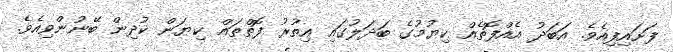
ފަށައިފިއެވެ. އަބަދު އެއްފޮތެއް ކިޔުމުގެ ބަދަލުގައި އިތުރު ފޮތްތައް ކިޔަން ކުދިން ބޭނުންވިއެވެ.